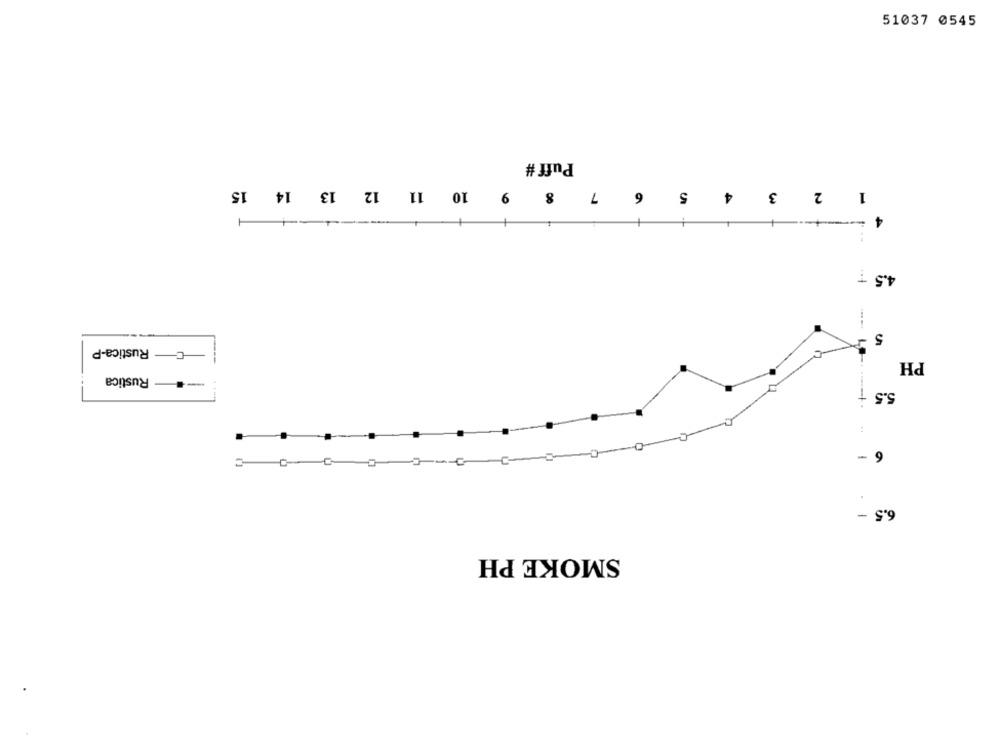
51037 0545
Puff #
5 6 7 8 9 10 11 12 13 14 15
1 2 3 4
4
4.5
5
Rustica-P
PH
Rustica
-
5.5 +
:
6
-
-
6.5
SMOKE PH